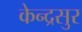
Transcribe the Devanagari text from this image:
केन्द्रसुर